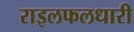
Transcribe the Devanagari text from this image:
राइलफलधारी